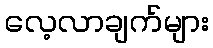
လေ့လာချက်များ